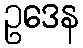
ဥဒေန